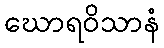
ဃောရဝိသာနံ